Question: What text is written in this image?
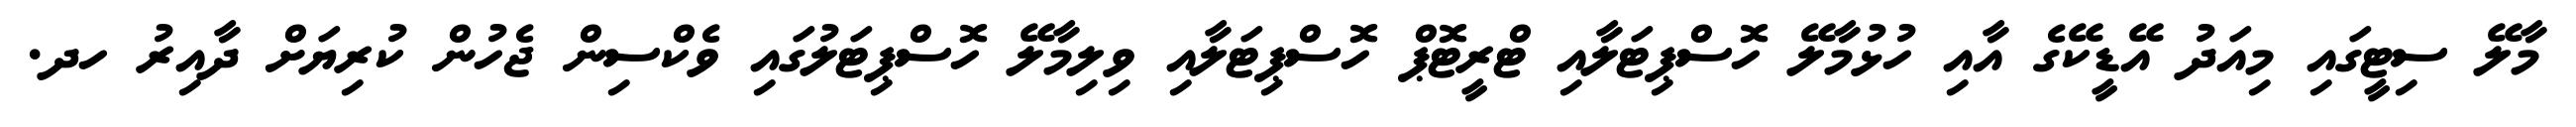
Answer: މާލޭ ސިޓީގައި މިއަދު އޭޑީކޭގެ އާއި ހުޅުމާލޭ ހޮސްޕިޓަލާއި ޓްރީޓޮޕް ހޮސްޕިޓަލާއި ވިލިމާލޭ ހޮސްޕިޓަލުގައި ވެކްސިން ޖެހުން ކުރިޔަށް ދާއިރު ހދ.